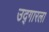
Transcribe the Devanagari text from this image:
उद्गारला